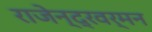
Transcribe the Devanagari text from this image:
राजेन्द्रवर्मन